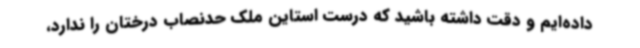
داده‌ایم و دقت داشته باشید که درست استاین ملک حدنصاب درختان را ندارد،